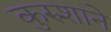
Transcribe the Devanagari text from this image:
कुरुशाने